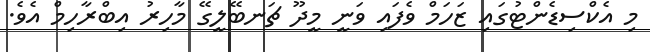
މި އެކްސިޑެންޓުގައި ޒަހަމް ވެފައި ވަނީ މީދޫ ޗަނބޭލީގޭ މާހިރު އިބްރާހިމް އެވެ.